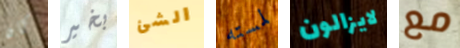
كان بخير الشئ لمسته لايزالون مع